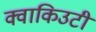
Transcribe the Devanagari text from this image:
क्वाकिउटी